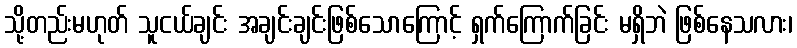
သို့တည်းမဟုတ် သူငယ်ချင်း အချင်းချင်းဖြစ်သောကြောင့် ရှက်ကြောက်ခြင်း မရှိဘဲ ဖြစ်နေသလား၊